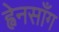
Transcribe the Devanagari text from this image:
ह्वेनसाँग